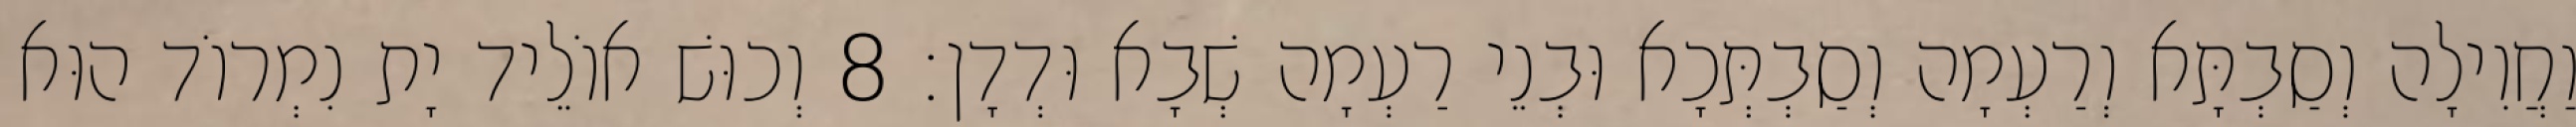
וַחֲוִילָה וְסַבְתָּא וְרַעְמָה וְסַבְתְּכָא וּבְנֵי רַעְמָה שְׁבָא וּדְדָן׃ 8 וְכוּשׁ אוֹלֵיד יָת נִמְרוֹד הוּא